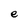
Character: e